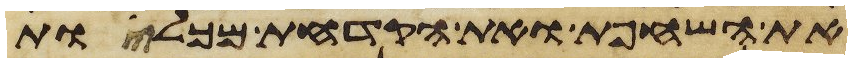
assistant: את השחפת ואת הקדחת מכלות